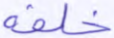
خلفه